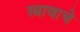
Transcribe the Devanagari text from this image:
स्त्रावाचे